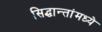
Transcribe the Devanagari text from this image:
सिद्धान्तांमध्ये